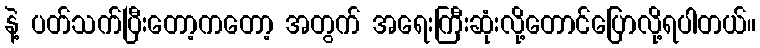
နဲ့ ပတ်သက်ပြီးတော့ကတော့ အတွက် အရေးကြီးဆုံးလို့တောင်ပြောလို့ရပါတယ်။